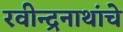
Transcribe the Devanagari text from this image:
रवीन्द्रनाथांचे